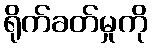
ရိုက်ခတ်မှုကို